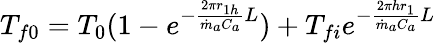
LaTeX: \begin{array}{r}{T_{f0}=T_{0}(1-e^{-\frac{2\pi r_{1h}}{{\dot{m}}_{a}C_{a}}L})+T_{fi}e^{-\frac{2{\pi hr}_{1}}{{\dot{m}}_{a}C_{a}}L}}\end{array}